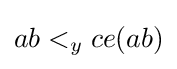
ab<_{y}ce(ab)